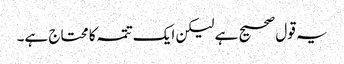
یہ قول صحیح ہے لیکن ایک تتمہ کا محتاج ہے۔